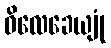
ဝိလေခေယျုံ